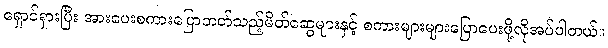
ရှောင်ရှားပြီး အားပေးစကားပြောတတ်သည့်မိတ်ဆွေများနှင့် စကားများများပြောပေးဖို့လိုအပ်ပါတယ်။